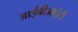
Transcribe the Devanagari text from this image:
आईबीआईटी